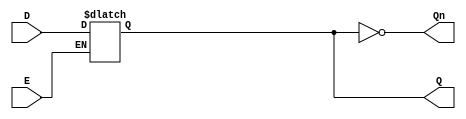
module async_gated_latch (
    input wire D,      // Data input
    input wire E,      // Enable/control signal
    output reg Q,      // Output
    output wire Qn     // Inverted output
);

// Invert Q for Qn output
assign Qn = ~Q;

// Always block triggered by changes in D or E
always @(*) begin
    if (E) begin
        Q = D; // When enable is high, Q follows D
    end
    // When E is low, Q retains its current state (no assignment needed)
end

endmodule